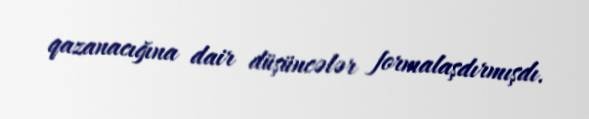
qazanacığına dair düşüncələr formalaşdırmışdı.